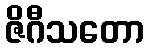
ဇိဂီသတော